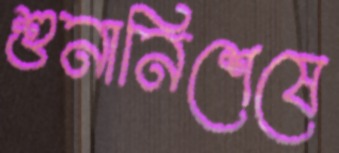
শুনানিশেষে